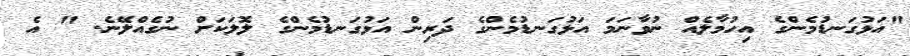
"އަޅުގަނޑުމެންގެ އިހުމާލެއް ނުވާނަމަ އަޅުގަނޑުމެންގެ ދަރިން އަޅުގަނޑުމެންގެ ލޮލަކަށް ނުގެއްލޭނެ. " އެ